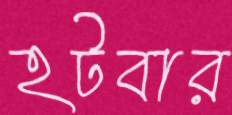
হটবার